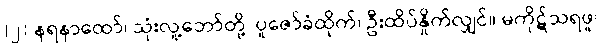
(၂) နရနာထော်၊ သုံးလူ့ဘော်တို့၊ ပူဇော်ခံထိုက်၊ ဦးထိပ်နှိုက်လျှင်။ မကိုဋ်သရဖူ၊